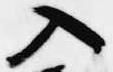
入